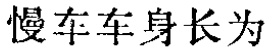
即得 \(CD = BF = 2CE.\)